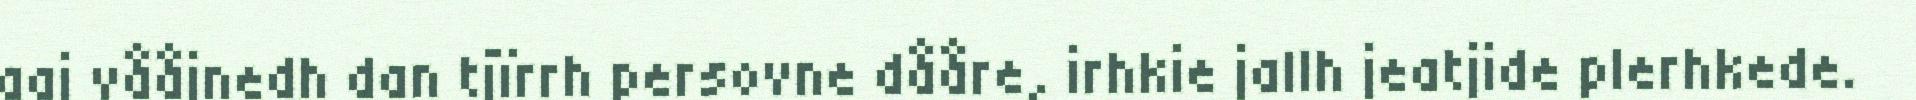
aaj vååjnedh dan tjïrrh persovne dååre, irhkie jallh jeatjide plerhkede.